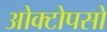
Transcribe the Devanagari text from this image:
ओक्टोपसों